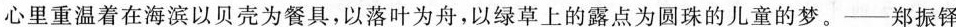
心里重温着在海滨以贝壳为餐具，以落叶为舟，以绿草上的露点为圆珠的儿童的梦。——郑振铎